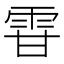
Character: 雸